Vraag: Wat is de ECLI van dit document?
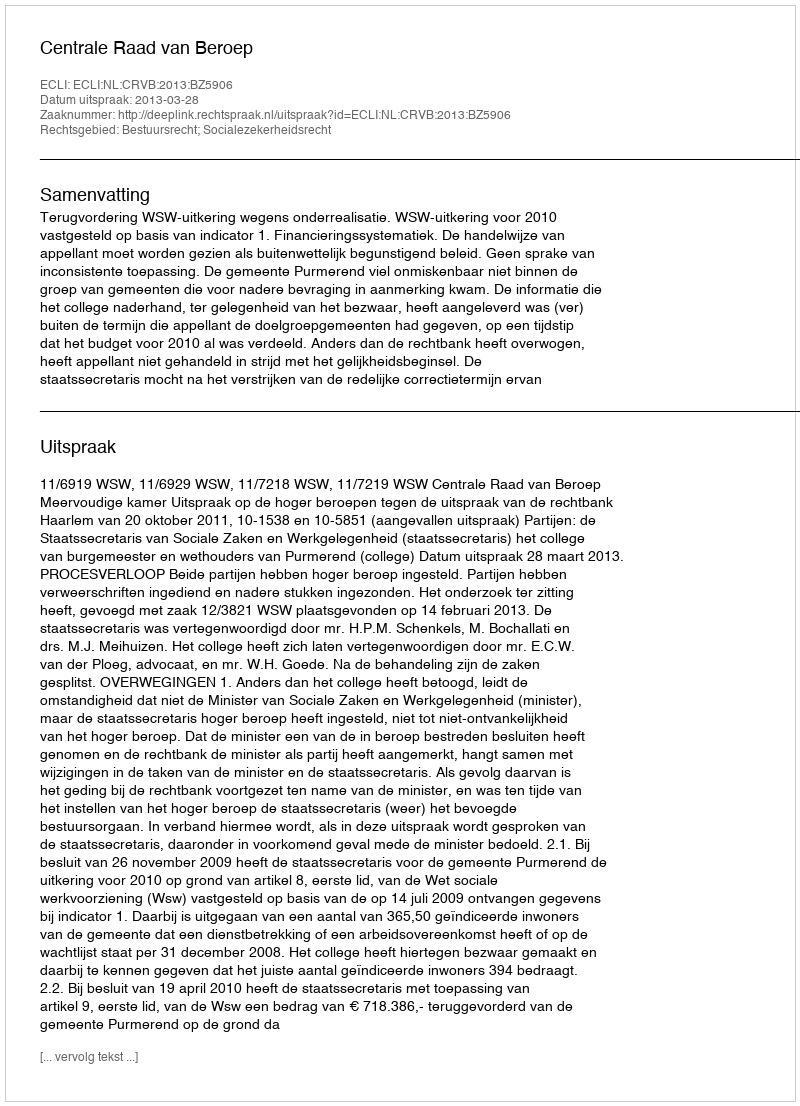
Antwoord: ECLI:NL:CRVB:2013:BZ5906